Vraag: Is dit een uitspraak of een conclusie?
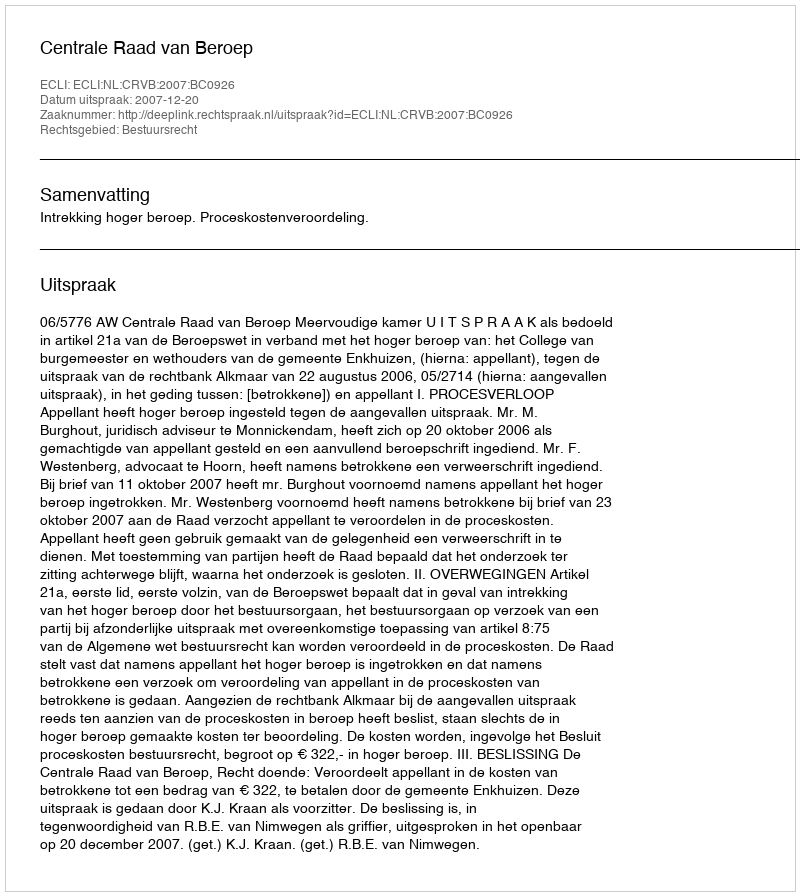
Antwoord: Uitspraak